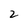
Character: 2